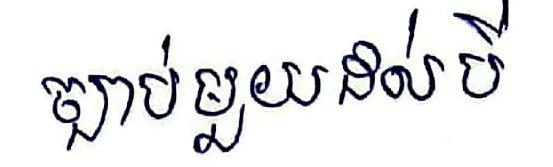
ច្បាប់មួយដល់បី